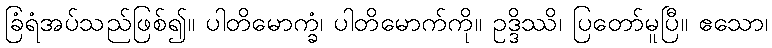
ခြံရံအပ်သည်ဖြစ်၍။ ပါတိမောက္ခံ၊ ပါတိမောက်ကို။ ဥဒ္ဒိဿိ၊ ပြတော်မူပြီ။ ဧသော၊